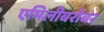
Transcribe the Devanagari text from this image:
एमिलीबरोबर